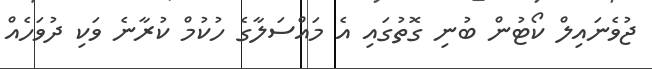
ޖުވެނައިލް ކޯޓުން ބުނި ގޮތުގައި އެ މައްސަލާގެ ހުކުމް ކުރާނެ ވަކި ދުވަހެއް